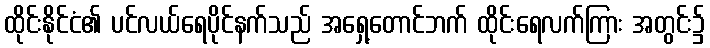
ထိုင်းနိုင်ငံ၏ ပင်လယ်ရေပိုင်နက်သည် အရှေ့တောင်ဘက် ထိုင်းရေလက်ကြား အတွင်း၌